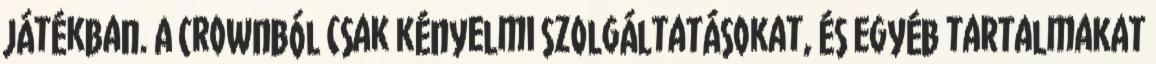
játékban. A Crownból csak kényelmi szolgáltatásokat, és egyéb tartalmakat